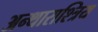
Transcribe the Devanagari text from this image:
अन्थाराश्त्रिय